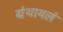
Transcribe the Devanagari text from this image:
ग्रंथायलं